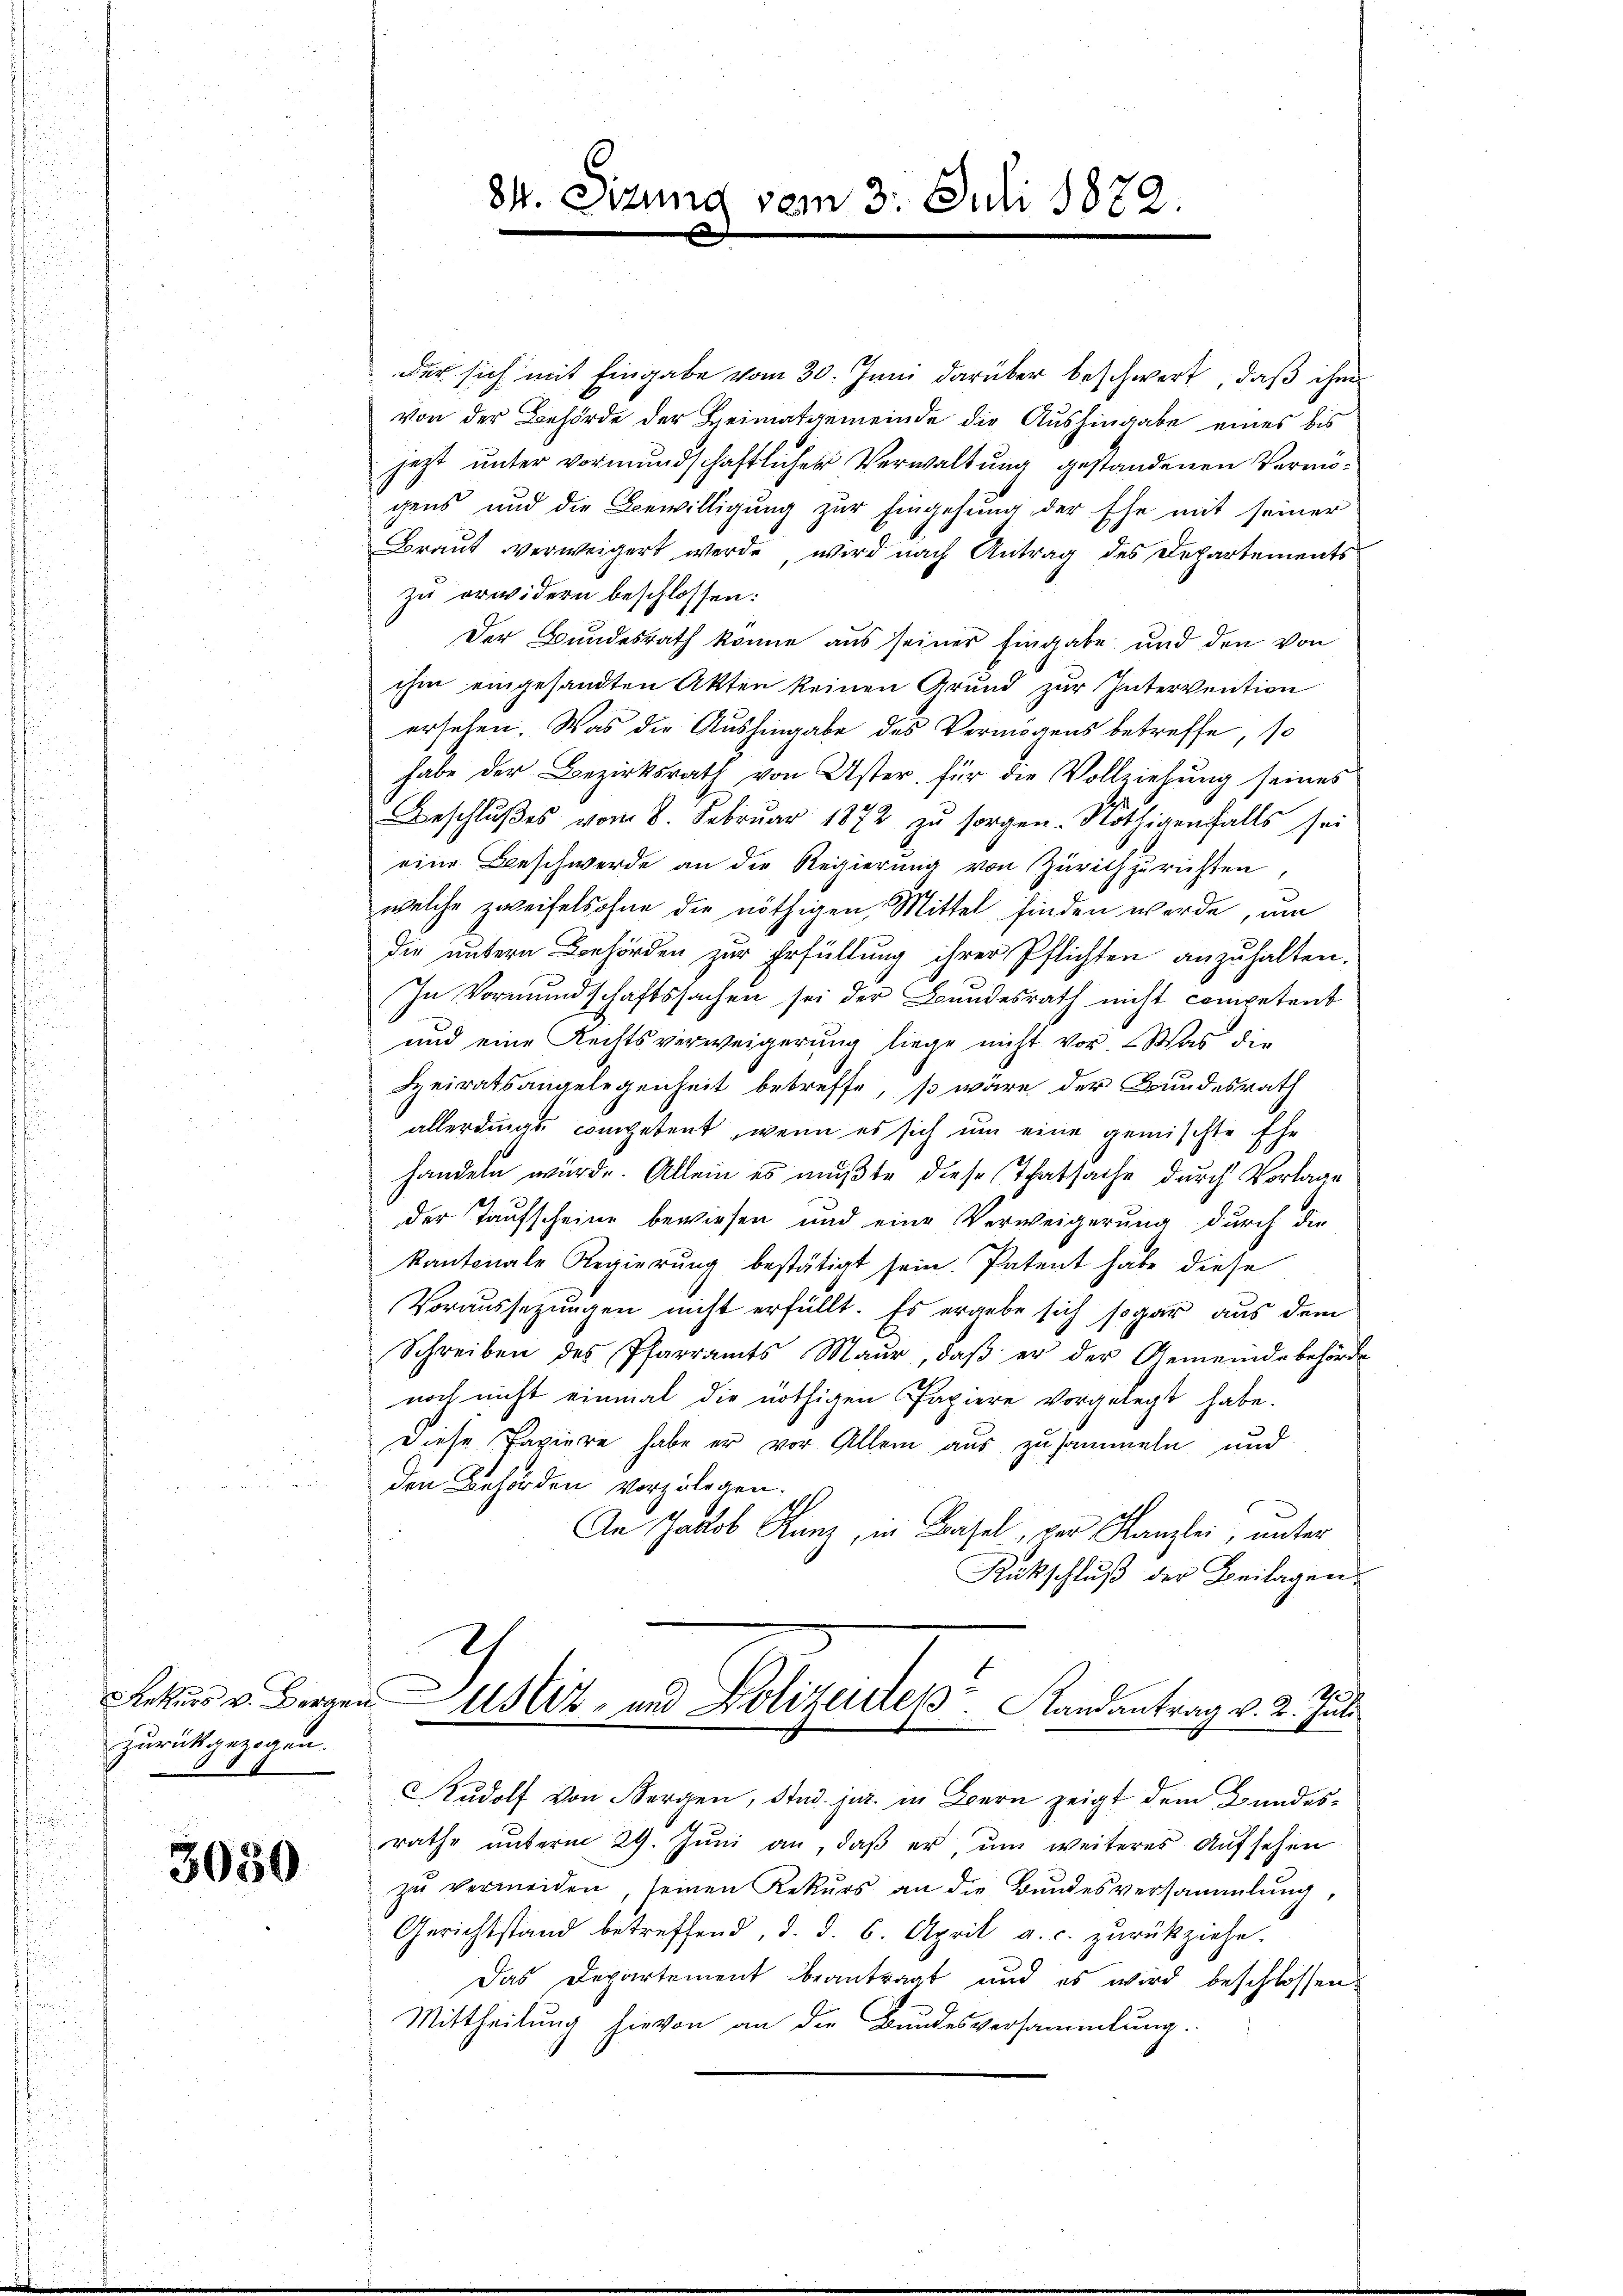
Rekurs v. Berge
zurückgezogen.

3050

84. Dizun

der sich mit Eingabe vom 30. Juni darüber beschwert, daß ihm
von der Behörde der Heimatgemeinde die Aushingabe eines bis
jezt unter vormundschaftlicher Verwaltung gestandenen Vermögens und die Bewilligung zur Eingehung der Ehe mit seiner
Braut verweigert werde, wird nach Antrag des Departements
zu erwidern beschlossen:
Der Bundesrath könne aus seiner Eingabe und den von
ihm eingesandten Akten keinen Grund zur Intervention
ersehen. Was die Aushingabe des Vermögens betreffe, so
habe der Bezirksrath von Uster, für die Vollziehung seines
Beschlŭβes vom 8. Februar 1872 zŭ sorgen. Nöthigenfalls sei
eine Beschwerde an die Regierung von Zürich zurichten,
welche zweifelsohne die nöthigen Mittel finden werde, um
die untern Behörden zur Erfüllung ihrer Pflichten anzuhalten.
In Vormundschaftssachen sei der Bundesrath nicht competent
und eine Rechtsverweigerung liege nicht vor. Was die
Heiratsangelegenheit betreffe, so wäre der Bundesrath
allerdings competent, wenn es sich um eine gemischte Ehe
handeln würde. Allein es mußte diese Thatsache durch Vorlage
der Taufscheine bewiesen und eine Verweigerung durch die
kantonale Regierung bestätigt sein. Patent habe diese
Voraussezungen nicht erfüllt. Es ergebe sich sogar aus dem
Schreiben des Pfarramts Maur, daβ er der Gemeindebehörde
noch nicht einmal die nöthigen Papiere vorgelegt habe.
Diese Papiere habe er vor Allem aus zusammeln und
den Behörden vorzulegen.
An Jacob Runz, in Basel, der Kanzlei, unter
Rückschluß der Beilagen,
.
1
a
Justiz- und Polizeides Randantrag v. 2. Juli
Rŭdolf von Bergen, Stud. jur. in Bern zeigt dem Bundesrathe ŭnterm 29. Jŭni an, daβ er, ŭm weiteres Aŭfsehen
zŭ vermeiden, seinen Rekŭrs an die Bŭndesversammlung,
Gerichtstand betreffend, d. d. 6. April a. c. zurückziehe.
Das Departement beantragt und es wird beschlossen:
Mittheilung hievon an die Bundesversammlung.

vom 3. Juli 1872.